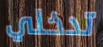
تدخلي